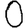
Digit: 0